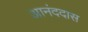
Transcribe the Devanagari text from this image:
आनंददास